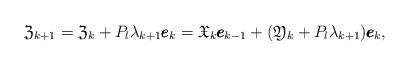
LaTeX: \begin{align*}\frak{Z}_{k+1} =\frak{Z}_k+ {P}_{l}\lambda_{k+1} \pmb{e}_k =\frak{X}_k \pmb{e}_{k-1}+(\frak{Y}_k+ {P}_{l}\lambda_{k+1} )\pmb{e}_k ,\end{align*}